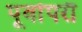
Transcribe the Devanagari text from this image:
पूर्वापरौ